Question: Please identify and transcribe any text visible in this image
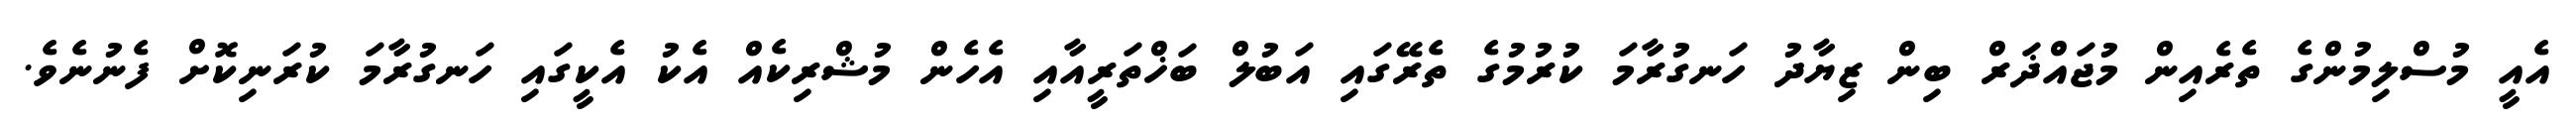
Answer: އެއީ މުސްލިމުންގެ ތެރެއިން މުޖައްޛަރް ބިން ޒިޔާދު ހަނގުރާމަ ކުރުމުގެ ތެރޭގައި އަބުލް ބަޚްތަރީއާއި އެހެން މުޝްރިކެއް އެކު އެކީގައި ހަނގުރާމަ ކުރަނިކޮށް ފެނުނެވެ.